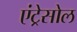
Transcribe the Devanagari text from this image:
एंट्रेसोल